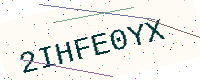
Text: 2IHFE0YX